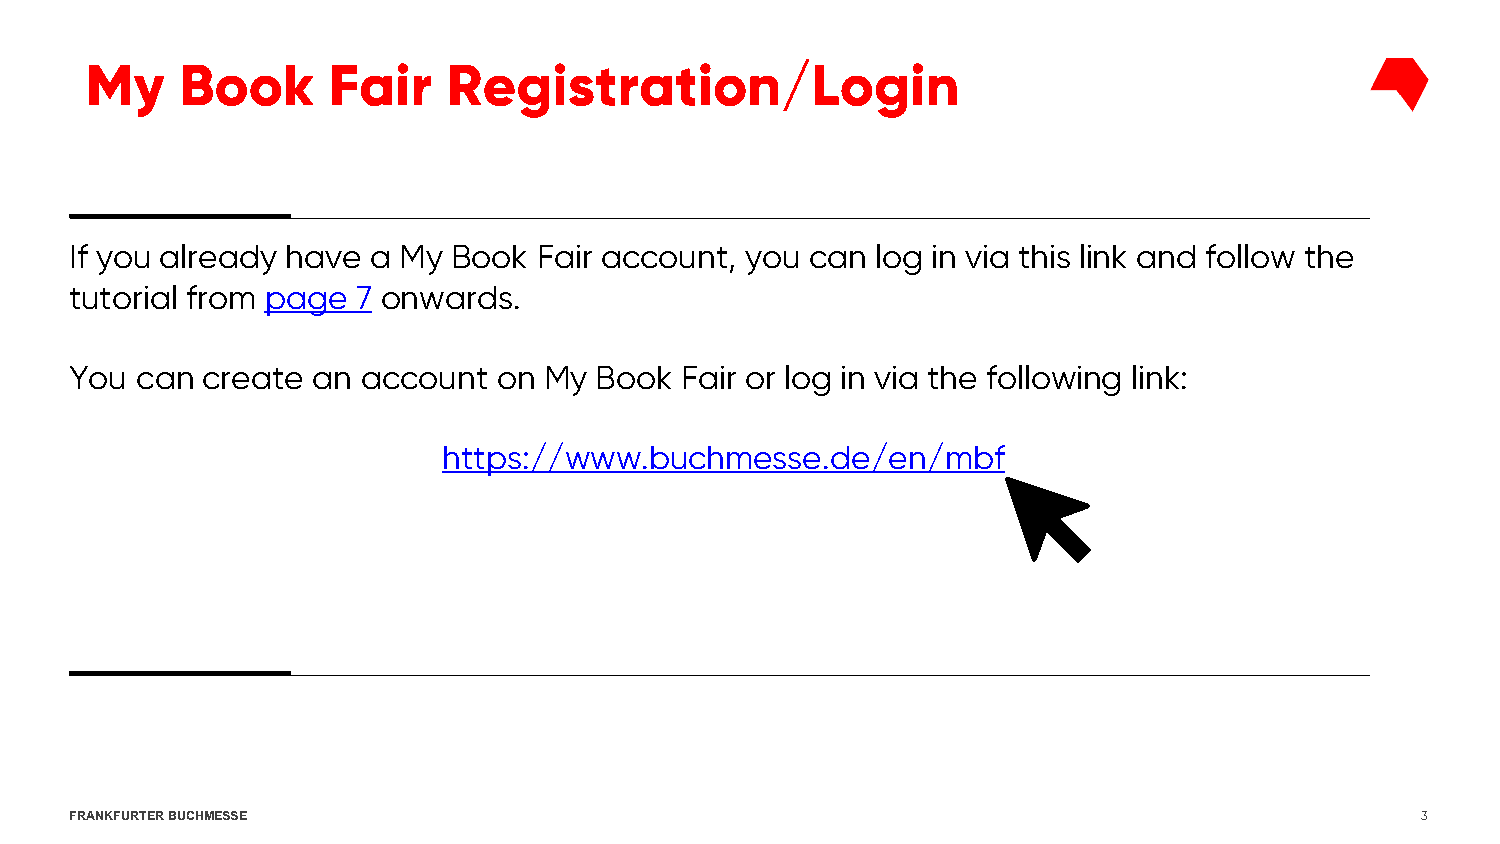
My    Book      Fair    Registration/Login
 If you already have a My Book  Fair account, you can log in via this link and follow the
 tutorial from page 7 onwards.
 You can create  an account  on My Book  Fair or log in via the following link:
 https://www.buchmesse.de/en/mbf
 FRANKFURTER BUCHMESSE                                                                    3